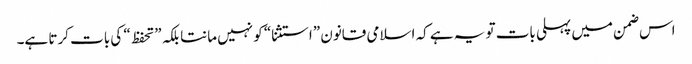
اس ضمن میں پہلی بات تو یہ ہے کہ اسلامی قانون ”استثنا“ کو نہیں مانتا بلکہ ”تحفظ“ کی بات کرتا ہے۔